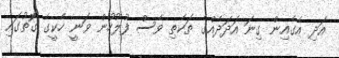
އަދި އެގެއިން ގިނަ އަދަދެއްގެ ތަކެތި ވެސް ފުލުހުން ވަނީ ހެކީގެ ގޮތުގައި